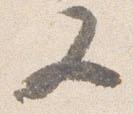
又